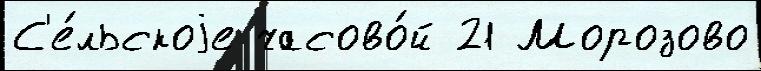
С'е́льскоjе часово́й 21 Морозово